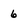
Character: 6